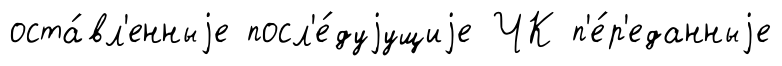
оста́вл'енныjе посл'е́дуjущиjе ЧК п'е́р'еданныjе